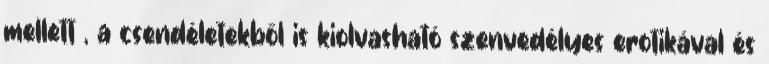
mellett , a csendéletekből is kiolvasható szenvedélyes erotikával és